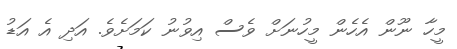
މީހާ ނޫން އެހެން މީހުނަށް ވެސް އިވުނު ކަމަށެވެ. އަދި އެ އަޑު